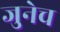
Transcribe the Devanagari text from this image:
जुनेच